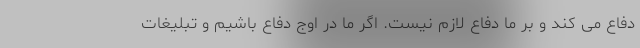
دفاع می کند و بر ما دفاع لازم نیست. اگر ما در اوج دفاع باشیم و تبلیغات